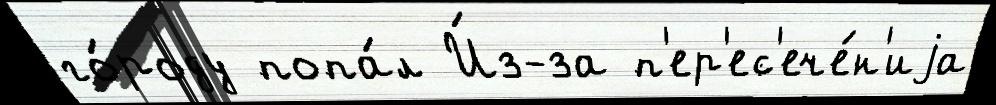
го́роду попа́л И́з-за п'ер'ес'ече́н'иjа